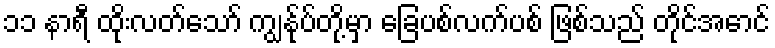
၁၁ နာရီ ထိုးလတ်သော် ကျွန်ုပ်တို့မှာ ခြေပစ်လက်ပစ် ဖြစ်သည် တိုင်အောင်